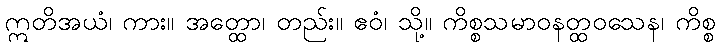
ဣတိအယံ၊ ကား။ အတ္ထော၊ တည်း။ ဧဝံ၊ သို့။ ကိစ္စသမာဝနတ္ထဝသေန၊ ကိစ္စ